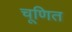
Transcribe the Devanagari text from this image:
चूणित